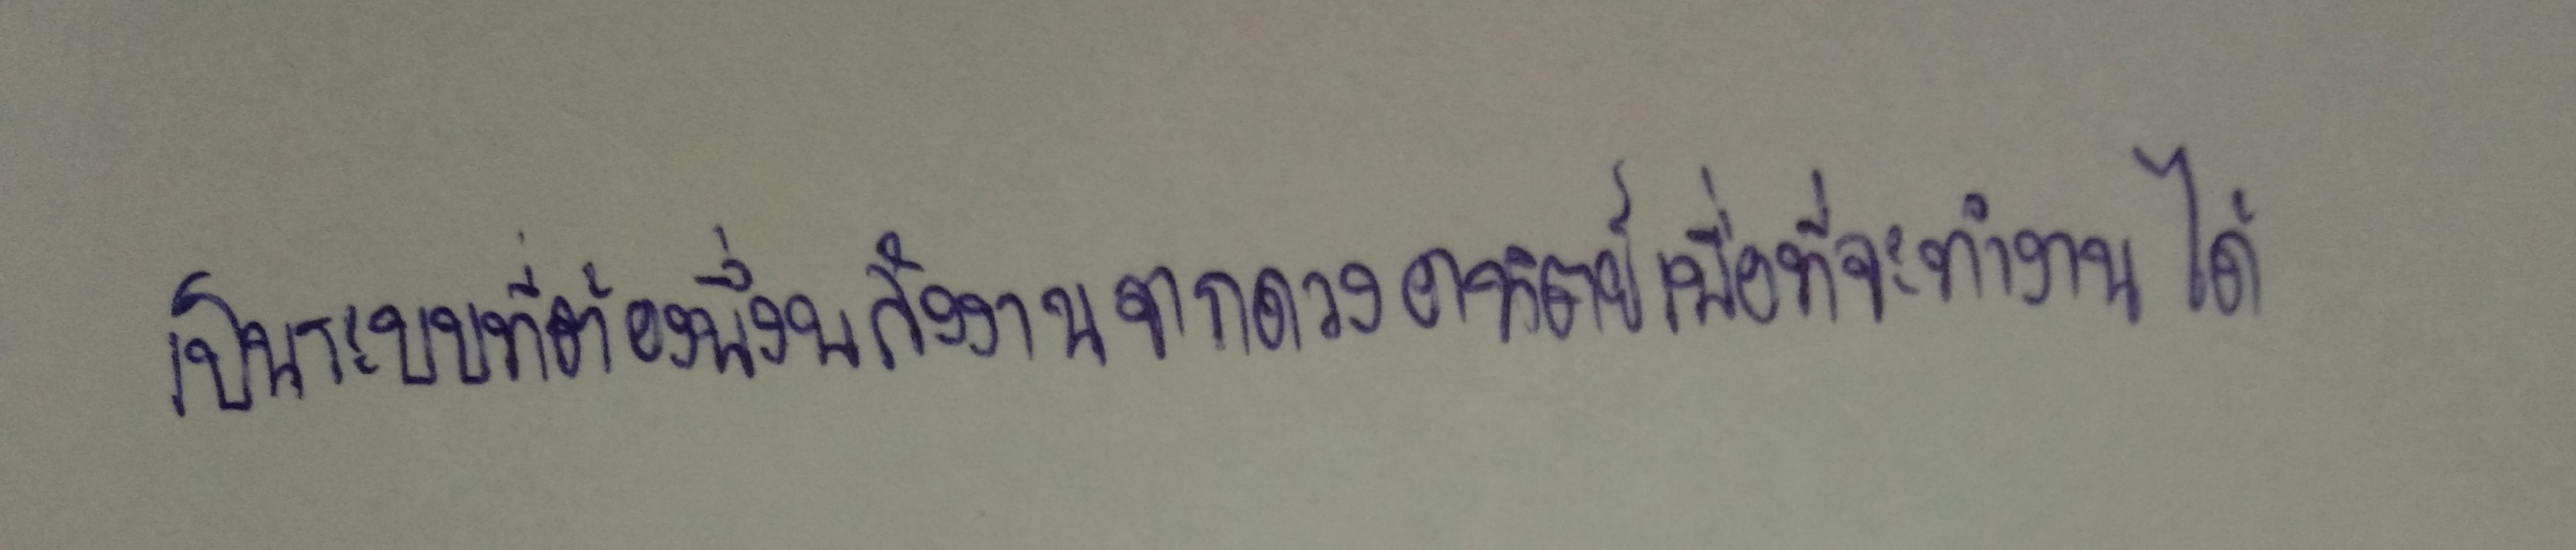
เป็นระบบที่ต้องพึ่งพลังงานจากดวงอาทิตย์เพื่อที่จะทำงานได้